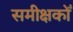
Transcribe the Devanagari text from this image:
समीक्षकोँ